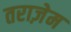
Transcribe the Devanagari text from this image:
तराज़ेम